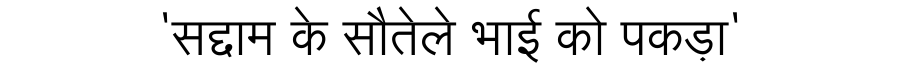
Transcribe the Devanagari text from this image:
'सद्दाम के सौतेले भाई को पकड़ा'